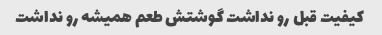
کیفیت قبل رو نداشت گوشتش طعم همیشه رو نداشت